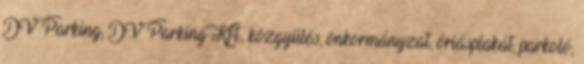
DV Parking, DV Parking Kft., közgyűlés, önkormányzat, óriásplakát, parkoló,